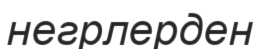
негрлерден